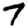
Digit: 7